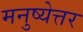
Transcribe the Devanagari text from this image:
मनुष्येत्तर